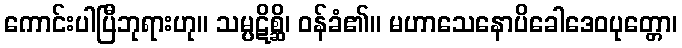
ကောင်းပါပြီဘုရားဟု။ သမ္ပဋိစ္ဆိ၊ ဝန်ခံ၏။ မဟာသေနောပိခေါဒေဝပုတ္တော၊